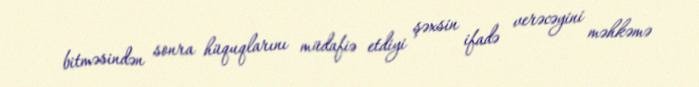
bitməsindən sonra hüquqlarını müdafiə etdiyi şəxsin ifadə verəcəyini məhkəmə